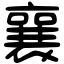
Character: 襄